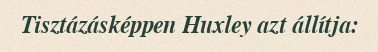
Tisztázásképpen Huxley azt állítja: